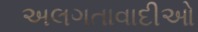
અલગતાવાદીઓ